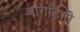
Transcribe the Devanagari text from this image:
बागडिगी